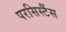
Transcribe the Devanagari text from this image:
परसिस्टैंस